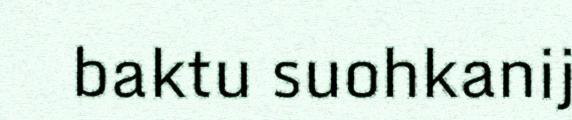
baktu suohkanij